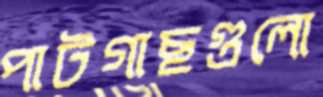
পাটগাছগুলো